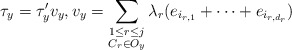
\begin{align*}\tau_y = \tau'_y v_y, v_y = \sum_{\substack{1 \leq r \leq j \\ C_r \in O_y}} \lambda_r (e_{i_{r,1}} + \dots + e_{i_{r,d_r}})\end{align*}